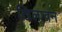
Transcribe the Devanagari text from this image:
खिलावन